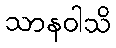
သာနဝါသိ